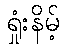
ရှုံးနိမ့်